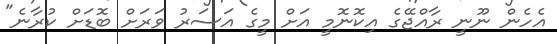
އެހެން ނޫނީ ރާއްޖޭގެ އިކޮނޮމީ އަށް މީގެ އަސަރު ވަރަށް ބޮޑަށް ކުރާނެ"